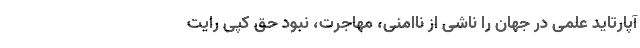
آپارتاید علمی در جهان را ناشی از ناامنی، مهاجرت، نبود حق کپی رایت